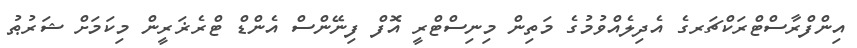
އިންފްރާސްޓްރަކްޗަރގެ އެދިލެއްވުމުގެ މަތިން މިނިސްޓްރީ އޮފް ފިނޭންސް އެންޑް ޓްރެޜަރީން މިކަމަށް ޝަރުޠު